Annual report of the Prince of Wales Medical College, Patna
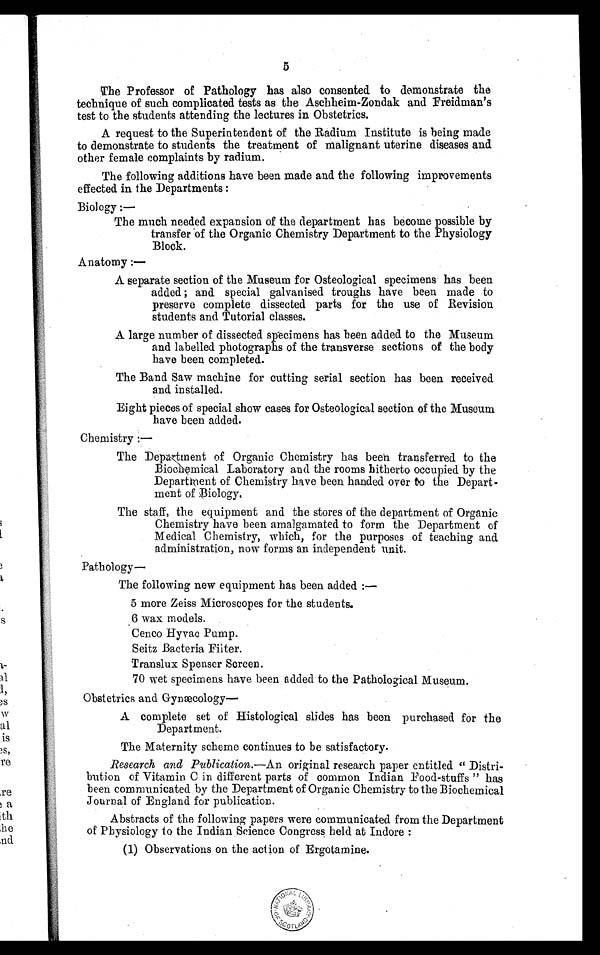
5
The Professor of Pathology has also consented to demonstrate the
technique of such complicated tests as the Aschheim-Zondak and Freidman's
test to the students attending the lectures in Obstetrics.
A request to the Superintendent of the Radium Institute is being made
to demonstrate to students the treatment of malignant uterine diseases and
other female complaints by radium.
The following additions have been made and the following improvements
effected in the Departments :
Biology :—
The much needed expansion of the department has become possible by
transfer of the Organic Chemistry Department to the Physiology
Block.
Anatomy :—
A separate section of the Museum for Osteological specimens has been
added ; and special galvanised troughs have been made to
preserve complete dissected parts for the use of Revision
students and Tutorial classes.
A large number of dissected specimens has been added to the Museum
and labelled photographs of the transverse sections of the body
have been completed.
The Band Saw machine for cutting serial section has been received
and installed.
Eight pieces of special show cases for Osteological section of the Museum
have been added.
Chemistry :—
The Department of Organic Chemistry has been transferred to the
Biochemical Laboratory and the rooms hitherto occupied by the
Department of Chemistry have been handed over to the Depart-
ment of Biology.
The staff, the equipment and the stores of the department of Organic
Chemistry have been amalgamated to form the Department of
Medical Chemistry, which, for the purposes of teaching and
administration, now forms an independent unit.
Pathology —
The following new equipment has been added :—
5 more Zeiss Microscopes for the students.
6 wax models.
Cenco Hyvac Pump.
Seitz Bacteria Filter.
Translux Spenser Screen.
70 wet specimens have been added to the Pathological Museum.
Obstetrics and Gynæcology —
A complete set of Histological slides has been purchased for the
Department.
The Maternity scheme continues to be satisfactory.
Research and Publication. —An original research paper entitled " Distri-
bution of Vitamin C in different parts of common Indian Food-stuffs " has
been communicated by the Department of Organic Chemistry to the Biochemical
Journal of England for publication.
Abstracts of the following papers were communicated from the Department
of Physiology to the Indian Science Congress held at Indore :
(1) Observations on the action of Ergotamine.
NATI ONAL LI BRARY OF SCOTLAND